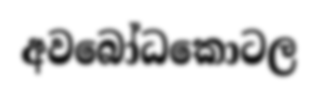
අවබෝධකොටල